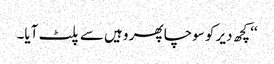
‘‘ کچھ دیر کو سوچا پھر وہیں سے پلٹ آیا۔